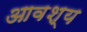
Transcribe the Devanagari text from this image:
आवश्‍य